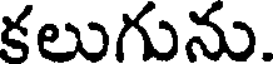
కలుగును.